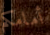
أمامكم